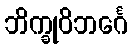
ဘိက္ခုဝိဘင်္ဂေ